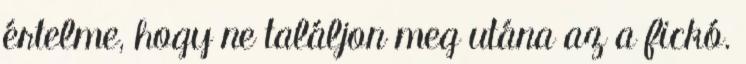
értelme, hogy ne találjon meg utána az a fickó.